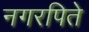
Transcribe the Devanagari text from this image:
नगरपिते